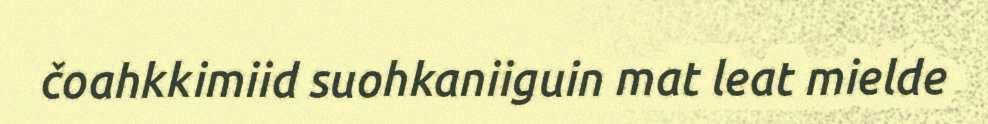
čoahkkimiid suohkaniiguin mat leat mielde